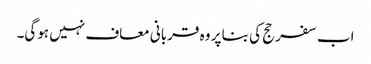
اب سفر حج کی بنا پر وہ قربانی معاف نہیں ہوگی۔